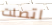
اتصلت